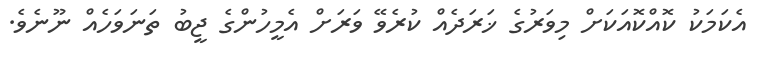
އެކަމަކު ކޮއްކޮއަކަށް މިވަރުގެ ޚަރަދެއް ކުރެވޭ ވަރަށް އެމީހުންގެ ޖީބު ތަނަވަހެއް ނޫނެވެ.